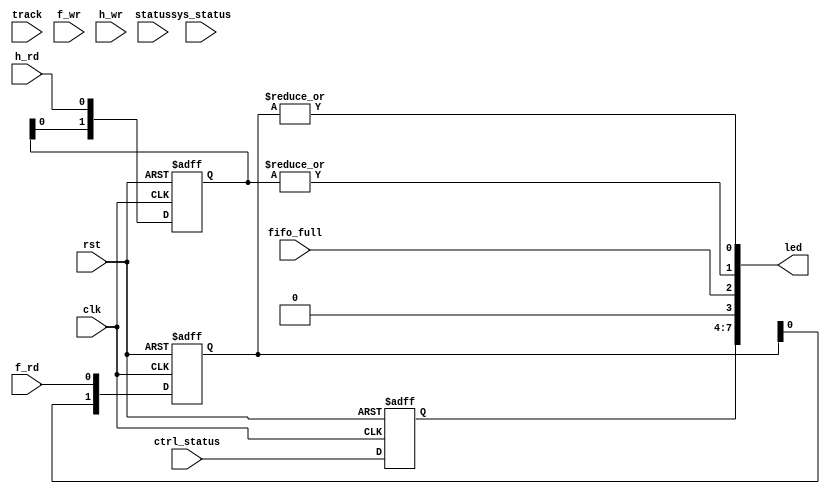
/* indicators.v */

module indicators (
  // system
  input  wire           clk,          // clock
  input  wire           rst,          // reset
  // inputs
  input wire  [  8-1:0] track,        // floppy track number
  input wire            f_wr,         // floppy fifo write
  input wire            f_rd,         // floppy fifo read
  input wire            h_wr,         // harddisk fifo write
  input wire            h_rd,         // harddisk fifo read
  input wire  [  4-1:0] status,       // control block slave status
  input wire  [  4-1:0] ctrl_status,  // control block reg-driven status
  input wire  [  4-1:0] sys_status,   // status from system
  input wire            fifo_full,
  output wire [  8-1:0] led      
);


// LEDs
reg [1:0] r0, r1, g0, g1;

always @ (posedge clk or posedge rst) begin
  if (rst) begin
    r0 <= #1 2'b00;
    r1 <= #1 2'b00;
    g0 <= #1 2'b00;
    g1 <= #1 2'b00;
  end else begin
    r0 <= #1 {r0[0], f_wr};
    r1 <= #1 {r1[0], h_wr};
//    g0 <= #1 {g0[0], f_rd};
//    g1 <= #1 {g1[0], h_rd};
    g0 <= #1 {g0[0], f_rd}; // pongo los leds de actividad de FD y HD juntos, tanto escritura como lectura
    g1 <= #1 {g1[0], h_rd}; // quedan asi--->   4=wr-hd  3=rd-hd  2=wr-fd  1=rd-fd
  end
end

wire r0_out, g0_out, r1_out, g1_out;

assign r0_out = |r0;
assign r1_out = |r1;
assign g0_out = |g0;
assign g1_out = |g1;

reg  [  4-1:0] ctrl_leds;
always @ (posedge clk, posedge rst) begin
  if (rst)
    ctrl_leds <= #1 4'b0;
  else
    ctrl_leds <= #1 ctrl_status;
end

// reducido por mi, dado que solo tenemos 3 leds
assign led = {ctrl_leds, 1'b0, fifo_full, g1_out, g0_out};
//assign led_r = {status,    sys_status, r1_out, r0_out};


endmodule